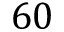
6 0